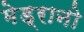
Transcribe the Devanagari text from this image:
मेड्रानो